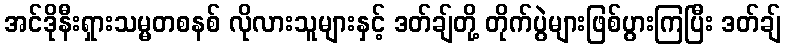
အင်ဒိုနီးရှားသမ္မတစနစ် လိုလားသူများနှင့် ဒတ်ချ်တို့ တိုက်ပွဲများဖြစ်ပွားကြပြီး ဒတ်ချ်